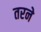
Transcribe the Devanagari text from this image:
तरने